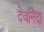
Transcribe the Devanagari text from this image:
देवनिंदा